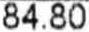
84.80